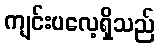
ကျင်းပလေ့ရှိသည်